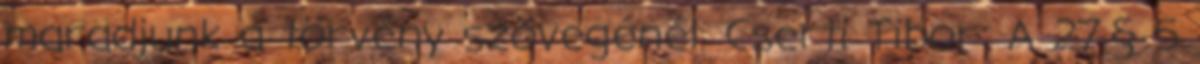
maradjunk a törvény szövegénél. Cserti Tibor: A 27.§ 5